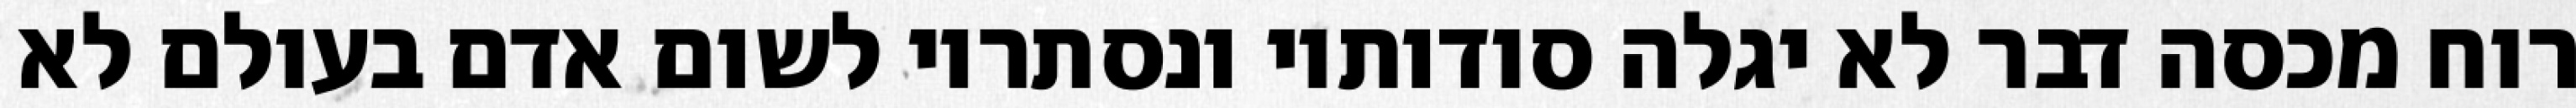
רוח מכסה דבר לא יגלה סודותיו ונסתריו לשום אדם בעולם לא